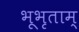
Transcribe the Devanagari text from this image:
भूभृताम्